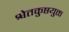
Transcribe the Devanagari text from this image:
श्वेतकुष्ठयुक्त